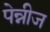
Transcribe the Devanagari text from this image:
पेन्नीज